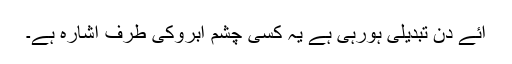
آئے دن تبدیلی ہورہی ہے یہ کسی چشم آبروکی طرف اشارہ ہے۔